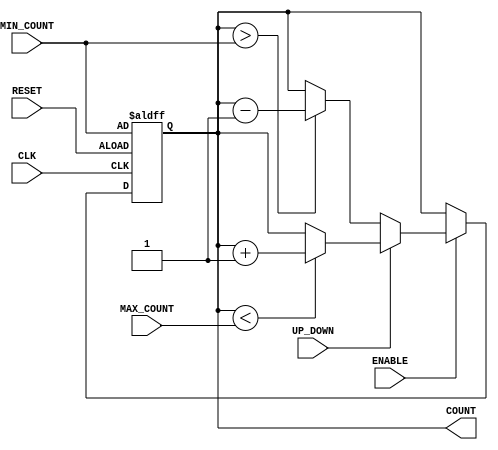
module UpDownCounter(
    input wire CLK,         // Clock input
    input wire RESET,       // Asynchronous reset input
    input wire ENABLE,      // Count enable signal
    input wire UP_DOWN,     // Count direction control
    input wire [7:0] MAX_COUNT, // Maximum count value
    input wire [7:0] MIN_COUNT, // Minimum count value
    output reg [7:0] COUNT  // Current count output
);

    // Asynchronous reset and count logic
    always @(posedge CLK or posedge RESET) begin
        if (RESET) begin
            // Reset the count to MIN_COUNT on reset
            COUNT <= MIN_COUNT;
        end else if (ENABLE) begin
            if (UP_DOWN) begin
                // Count up, check for maximum count limit
                if (COUNT < MAX_COUNT) begin
                    COUNT <= COUNT + 1;
                end
            end else begin
                // Count down, check for minimum count limit
                if (COUNT > MIN_COUNT) begin
                    COUNT <= COUNT - 1;
                end
            end
        end
    end

endmodule